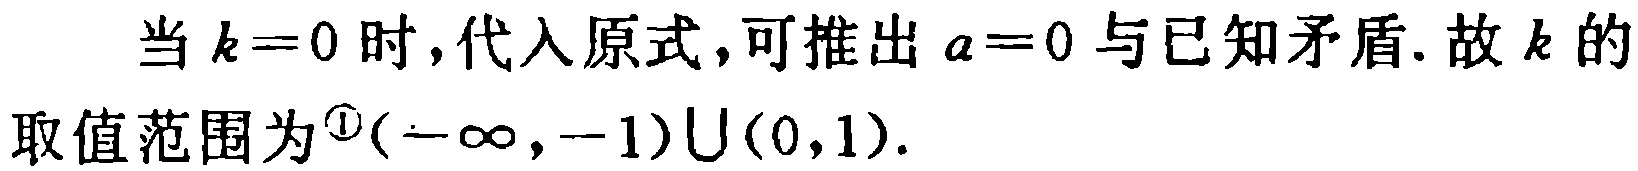
当 \(k = 0\) 时，代入原式，可推出 \(a = 0\) 与已知矛盾. 故 \(k\) 的取值范围为\(^{\textcircled{1}}(-\infty,-1)\cup(0,1)\).